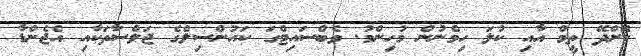
ކޮށްދޭ ތީމް އާއި ކުލަ ހިމެނުން މުހިންމު. ވެބްސައިޓްގަ ކައުންސިލްގެ ޖަލްސާތަކާއި އެޖެންޑާ